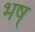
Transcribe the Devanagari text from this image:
भष्